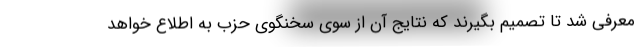
معرفی شد تا تصمیم بگیرند که نتایج آن از سوی سخنگوی حزب به اطلاع خواهد